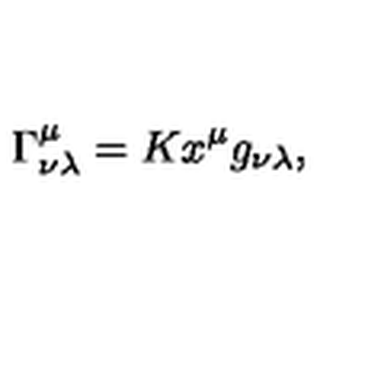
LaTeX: \Gamma _ { \nu \lambda } ^ { \mu } = K x ^ { \mu } g _ { \nu \lambda } ,